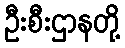
ဦးစီးဌာနတို့